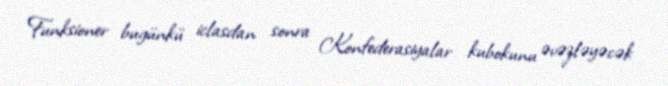
Funksioner bugünkü iclasdan sonra Konfederasiyalar kubokunu əvəzləyəcək